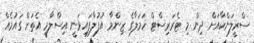
ސްރީލަންކާއަށް ދިން މި ޓެރަރިސްޓް ހަމަލާގެ ޒިންމާ އުފުލާފައިވަނީ އިސްލާމީ އެތަށް ގައުމެއް